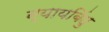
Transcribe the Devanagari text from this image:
न्यायबिंदु